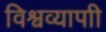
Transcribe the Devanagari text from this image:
विश्वव्यापाी